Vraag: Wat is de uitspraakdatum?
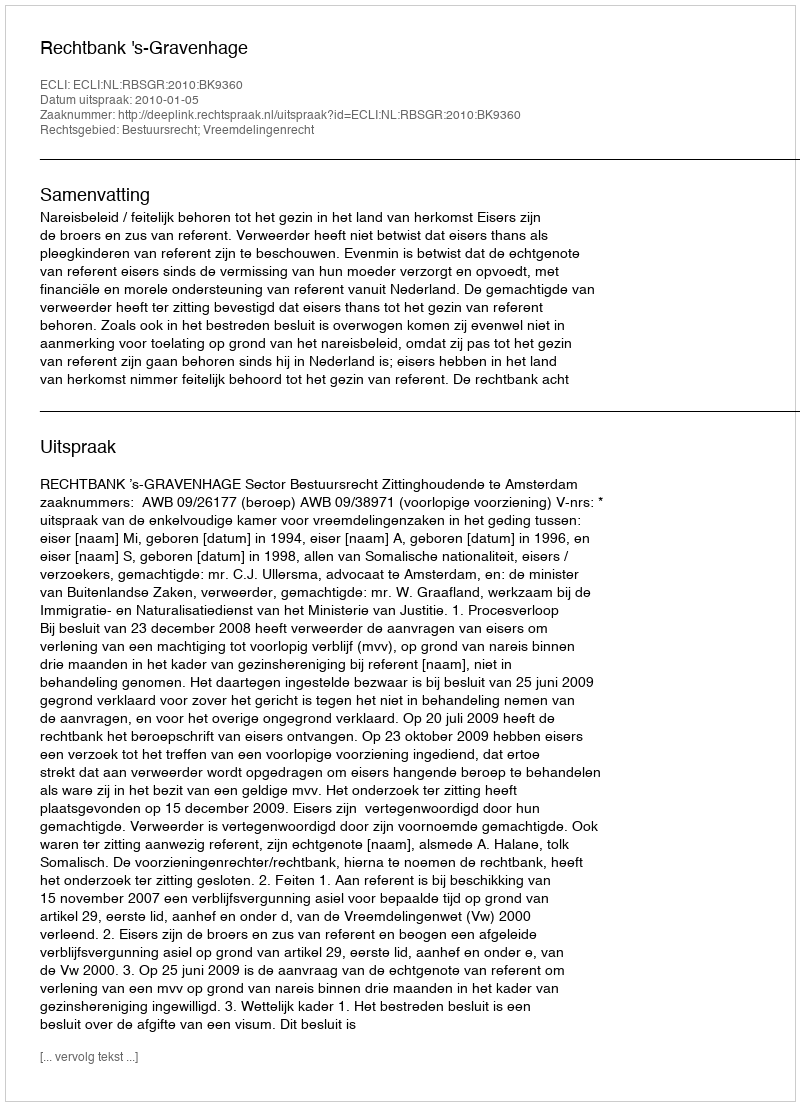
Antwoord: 2010-01-05